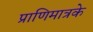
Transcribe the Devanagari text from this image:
प्राणिमात्रके